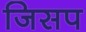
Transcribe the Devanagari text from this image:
जिसप